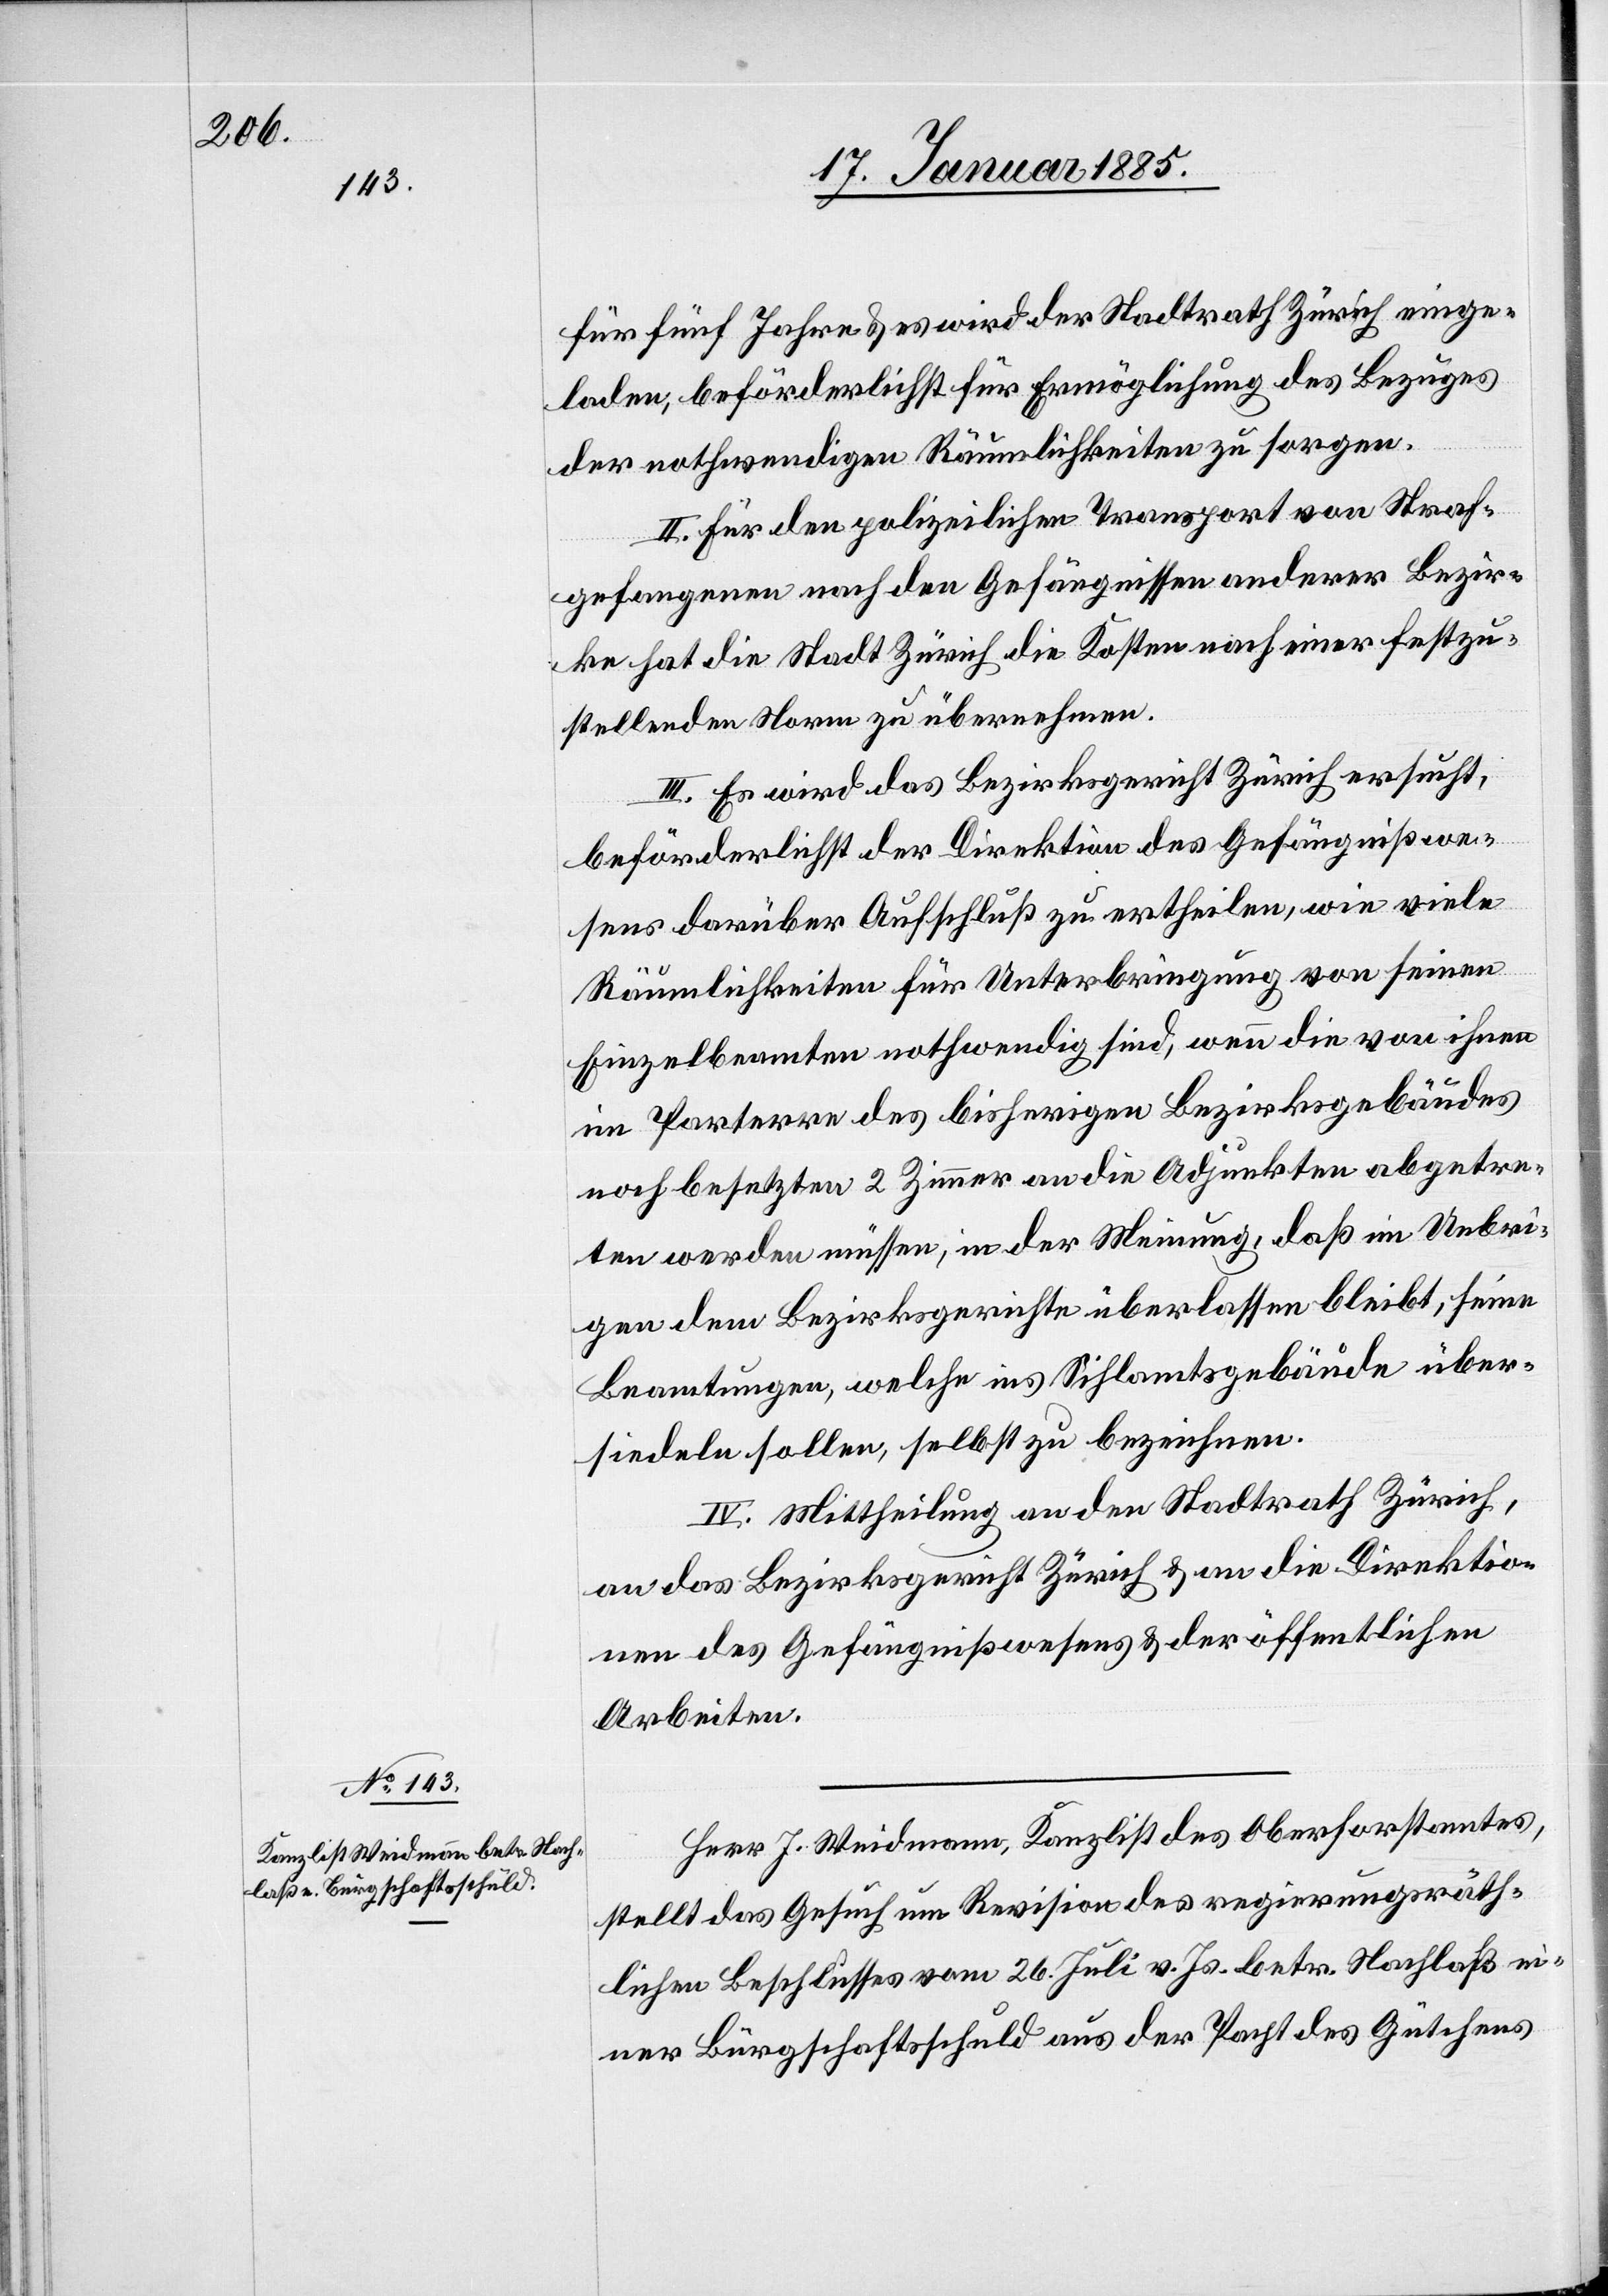
für fünf Jahre & es wird der Stadtrath Zürich einge¬
laden, beförderlichst für Ermöglichung des Bezuges
der nothwendigen Räumlichkeiten zu sorgen.
II. Für den polizeilichen Transport von Straf¬
gefangenen nach den Gefängnissen anderer Bezir¬
ke hat die Stadt Zürich die Kosten nach einer festzu¬
stellenden Norm zu übernehmen.
III. Es wird das Bezirksgericht Zürich ersucht,
beförderlichst der Direktion des Gefängnißwe¬
sens darüber Aufschluß zu ertheilen, wie viele
Räumlichkeiten für Unterbringung von seinen
Einzelbeamten nothwendig sind, wenn die von ihren
im Parterre des bisherigen Bezirksgebäudes
noch besetzten 2 Zimmer an die Adjunkten abgetre¬
ten werden müssen, in der Meinung, daß im Uebri¬
gen dem Bezirksgerichte überlassen bleibt, seine
Beamtungen, welche ins Sihlamtsgebäude über¬
siedeln sollen, selbst zu bezeichnen.
IV. Mittheilung an den Stadtrath Zürich,
an das Bezirksgericht Zürich & an die Direktio¬
nen des Gefängnißwesens & der öffentlichen
Arbeiten.
Herr J. Weidmann, Kanzlist des Oberforstamtes,
stellt das Gesuch um Revision des regierungsräth¬
lichen Beschlusses vom 26. Juli v. Js. betr. Nachlaß ei¬
ner Bürgschaftsschuld aus der Pacht des Gütchens